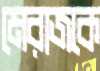
মেরাজকে